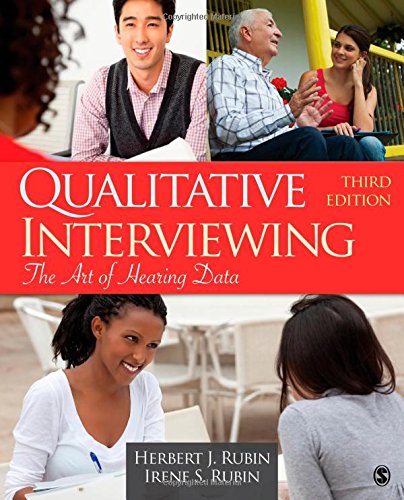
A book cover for Qualitative Interviewing: The Art of Hearing Data; Herbert J. Rubin; Politics & Social Sciences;